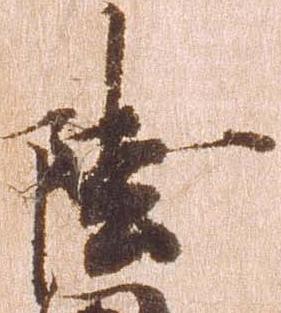
陸